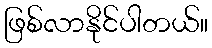
ဖြစ်လာနိုင်ပါတယ်။